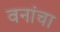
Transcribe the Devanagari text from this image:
वनांचा